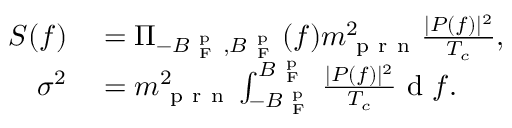
\begin{array} { r l } { S ( f ) } & { { } = \Pi _ { - B _ { \mathrm { ~ F ~ } } ^ { \mathrm { ~ p ~ } } , B _ { \mathrm { ~ F ~ } } ^ { \mathrm { ~ p ~ } } } ( f ) m _ { \mathrm { ~ p ~ r ~ n ~ } } ^ { 2 } \frac { | P ( f ) | ^ { 2 } } { T _ { c } } , } \\ { \sigma ^ { 2 } } & { { } = m _ { \mathrm { ~ p ~ r ~ n ~ } } ^ { 2 } \int _ { - B _ { \mathrm { ~ F ~ } } ^ { \mathrm { ~ p ~ } } } ^ { B _ { \mathrm { ~ F ~ } } ^ { \mathrm { ~ p ~ } } } \frac { | P ( f ) | ^ { 2 } } { T _ { c } } \mathrm { ~ d ~ } f . } \end{array}